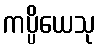
ကပ္ပိယေသု